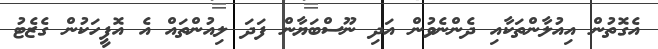
އެގޮތުން އިއުލާންތަކާއި ދެންނެވުން އަދި ނޫސްބަޔާން ފަދަ ލިއުންތައް އެ އޮފީހަކުން ގެޒެޓު